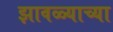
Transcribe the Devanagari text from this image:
झावळ्याच्या